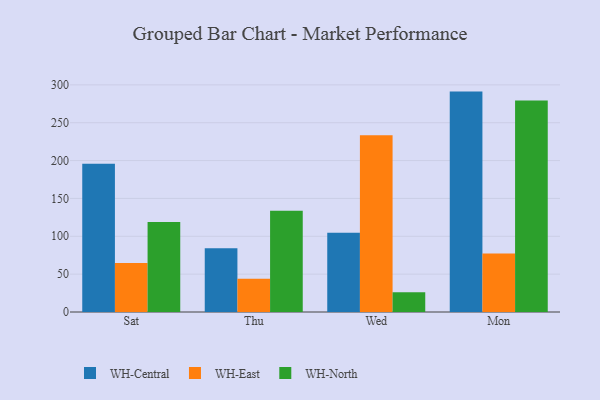
{"axis": {"x": "Day", "y": "Inventory Turnover"}, "legend": ["WH-Central", "WH-East", "WH-North"], "data": [{"x": "Sat", "y": 195.7, "type": "WH-Central"}, {"x": "Sat", "y": 64.7, "type": "WH-East"}, {"x": "Sat", "y": 118.9, "type": "WH-North"}, {"x": "Thu", "y": 84.1, "type": "WH-Central"}, {"x": "Thu", "y": 43.9, "type": "WH-East"}, {"x": "Thu", "y": 133.6, "type": "WH-North"}, {"x": "Wed", "y": 104.7, "type": "WH-Central"}, {"x": "Wed", "y": 233.3, "type": "WH-East"}, {"x": "Wed", "y": 26.0, "type": "WH-North"}, {"x": "Mon", "y": 291.1, "type": "WH-Central"}, {"x": "Mon", "y": 77.3, "type": "WH-East"}, {"x": "Mon", "y": 279.2, "type": "WH-North"}]}